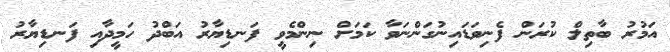
އަމުރު ބާތިލް ކުރަން ފެނިވަޑައިނުގަންނަވާ ކަމަށް ނިންމެވީ ފަނޑިޔާރު އަބްދު ހަމީދާއި ފަނޑިޔާރު